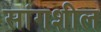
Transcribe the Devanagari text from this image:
सांगशील